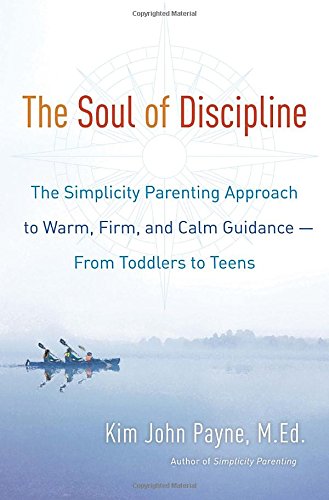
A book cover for The Soul of Discipline: The Simplicity Parenting Approach to Warm, Firm, and Calm Guidance- From Toddlers to Teens; Kim John Payne; Parenting & Relationships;